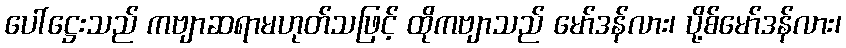
ပေါ်ဋ္ဌေးသည် ကဗျာဆရာမဟုတ်သဖြင့် ထိုကဗျာသည် မော်ဒန်လား၊ ပို့စ်မော်ဒန်လား၊